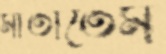
মাতাতেম